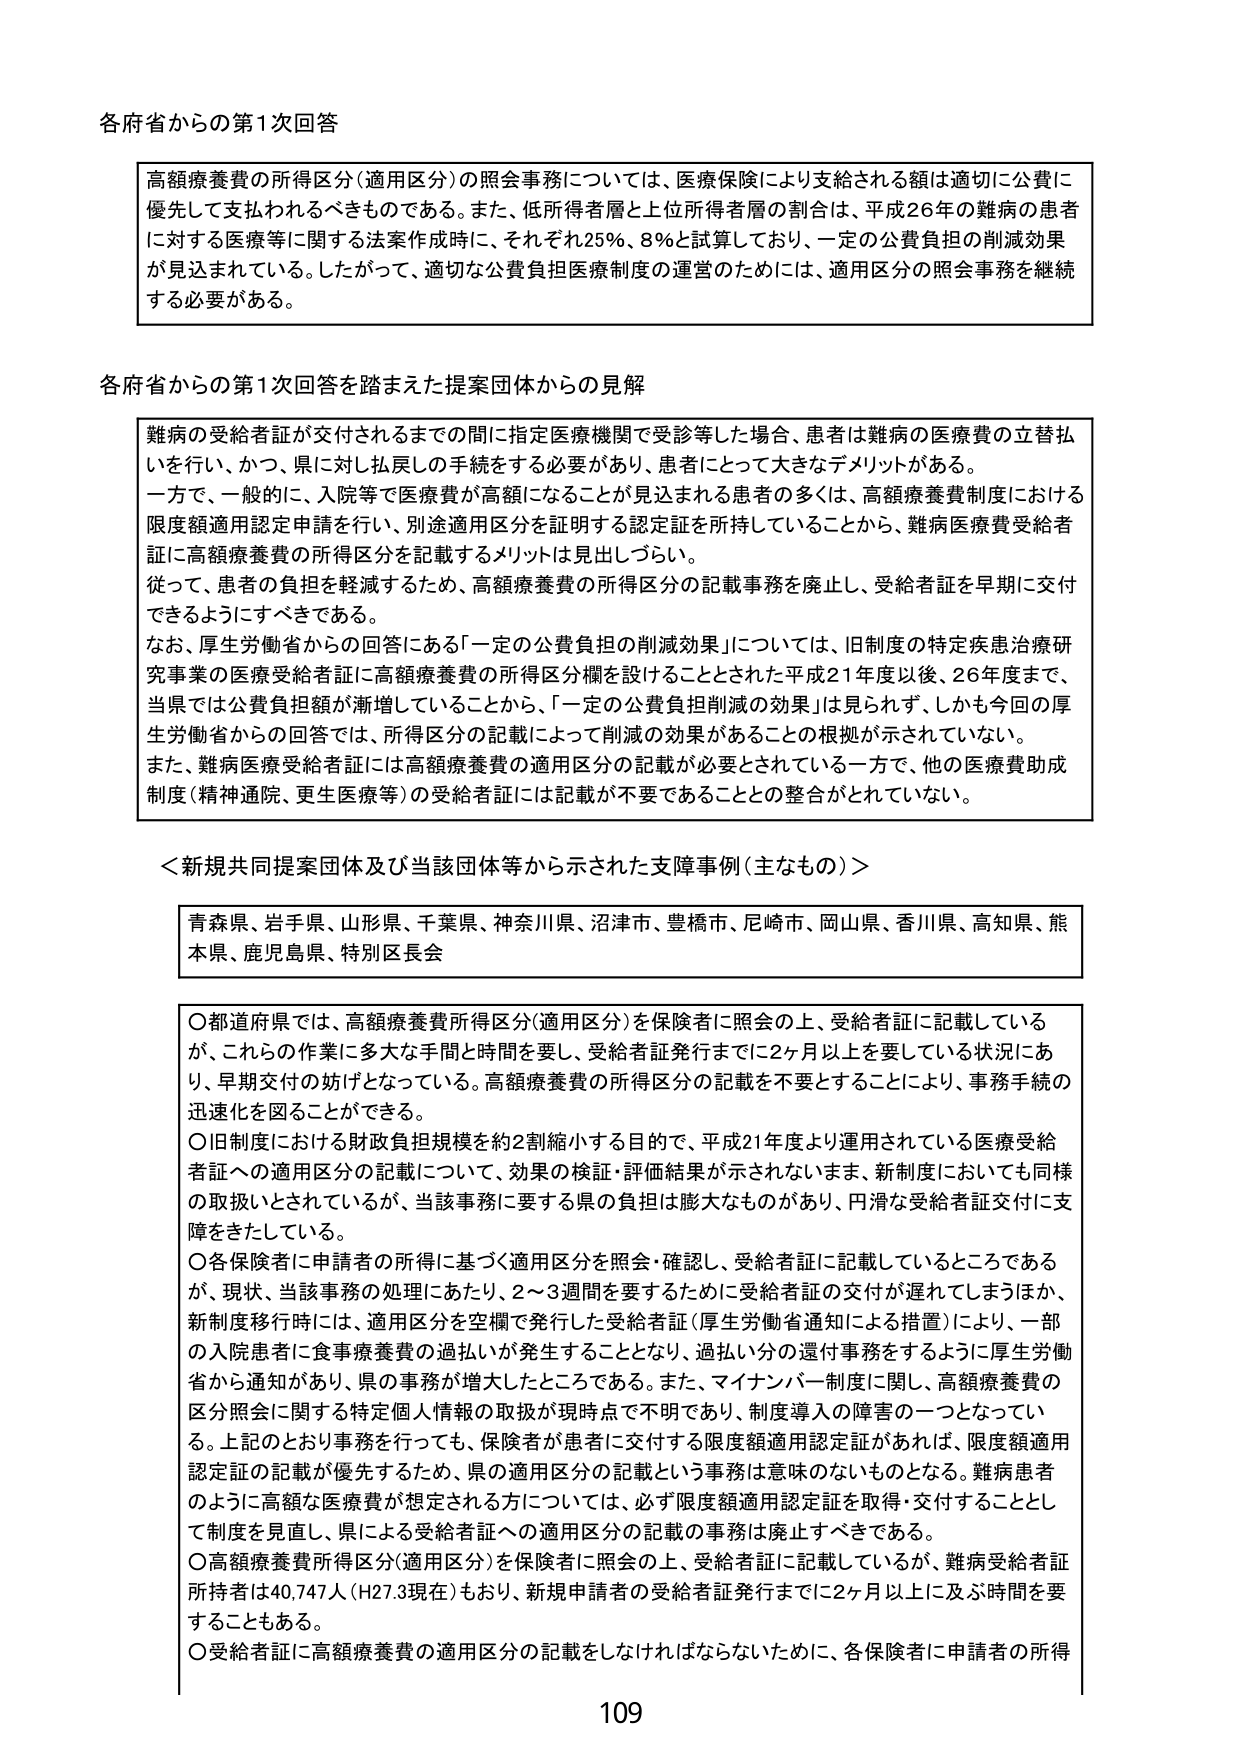
各府省からの第1次回答

高額療養費の所得区分（適用区分）の照会事務については、医療保険により支給される額は適切に公費に優先して支払われるべきものである。また、低所得者層と上位所得者層の割合は、平成26年の難病の患者に対する医療等に関する法案作成時に、それぞれ25％、8％と試算しており、一定の公費負担の削減効果が見込まれている。したがって、適切な公費負担医療制度の運営のためには、適用区分の照会事務を継続する必要がある。

各府省からの第1次回答を踏まえた提案団体からの見解

難病の受給者証が交付されるまでの間に指定医療機関で受診等した場合、患者は難病の医療費の立替払いを行い、かつ、県に対し払戻しの手続をする必要があり、患者にとって大きなデメリットがある。
一方で、一般的に、入院等で医療費が高額になることが見込まれる患者の多くは、高額療養費制度における限度額適用認定申請を行い、別途適用区分を証明する認定証を所持していることから、難病医療費受給者証に高額療養費の所得区分を記載するメリットは見出しづらい。
従って、患者の負担を軽減するため、高額療養費の所得区分の記載事務を廃止し、受給者証を早期に交付できるようにすべきである。
なお、厚生労働省からの回答にある「一定の公費負担の削減効果」については、旧制度の特定疾患治療研究事業の医療受給者証に高額療養費の所得区分欄を設けたこととされた平成21年度以後、26年度まで、当県では公費負担額が漸増していることから、「一定の公費負担削減の効果」は見られず、しかも今回の厚生労働省からの回答では、所得区分の記載によって削減の効果があることの根拠が示されていない。
また、難病医療受給者証には高額療養費の適用区分の記載が必要とされている一方で、他の医療費助成制度（精神通院、更生医療等）の受給者証には記載が不要であることとの整合がとれていない。

＜新規共同提案団体及び当該団体等から示された支障事例（主なもの）＞

青森県、岩手県、山形県、千葉県、神奈川県、沼津市、豊橋市、尼崎市、岡山県、香川県、高知県、熊本県、鹿児島県、特別区長会

○都道府県では、高額療養費所得区分（適用区分）を保険者に照会の上、受給者証に記載しているが、これらの作業に多大な手間と時間を要し、受給者証発行までに2ヶ月以上を要している状況にあり、早期交付の妨げとなっている。高額療養費の所得区分の記載を不要とすることにより、事務手続の迅速化を図ることができる。
○旧制度における財政負担規模を約2割縮小する目的で、平成21年度より運用されている医療受給者証への適用区分の記載について、効果の検証・評価結果が示されないまま、新制度においても同様の取扱いとされているが、当該事務に要する県の負担は膨大なものがあり、円滑な受給者証交付に支障をきたしている。
○各保険者に申請者の所得に基づく適用区分を照会・確認し、受給者証に記載しているところであるが、現状、当該事務の処理にあたり、2～3週間を要するために受給者証の交付が遅れてしまうほか、新制度移行時には、適用区分を空欄で発行した受給者証（厚生労働省通知による措置）により、一部の入院患者に食事療養費の過払いが発生することとなり、過払い分の還付事務をするように厚生労働省から通知があり、県の事務が増大したところである。また、マイナンバー制度に関し、高額療養費の区分照会に関する特定個人情報の取扱が現時点で不明であり、制度導入の障害の一つとなっている。上記のとおり事務を行っても、保険者が患者に交付する限度額適用認定証があれば、限度額適用認定証の記載が優先するため、県の適用区分の記載という事務は意味のないものとなる。難病患者のように高額な医療費が想定される方については、必ず限度額適用認定証を取得・交付することとして制度を見直し、県による受給者証への適用区分の記載の事務は廃止すべきである。
○高額療養費所得区分（適用区分）を保険者に照会の上、受給者証に記載しているが、難病受給者証所持者は40,747人（H27.3現在）もおり、新規申請者の受給者証発行までに2ヶ月以上に及ぶ時間を要することもある。
○受給者証に高額療養費の適用区分の記載をしなければならないために、各保険者に申請者の所得

109